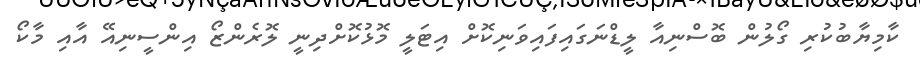
ކާމިޔާބުކުރި ގޯލުން ބޮސްނިއާ ލީޑްނަގައިފައިވަނިކޮށް އިޓަލީ މޮޅުކޮށްދިނީ ލޮރެންޒޯ އިންސީނިއޭ އާއި މާކޯ